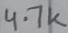
Text: 4.7k